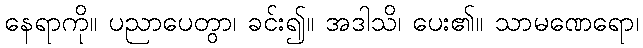
နေရာကို။ ပညာပေတွာ၊ ခင်း၍။ အဒါသိ၊ ပေး၏။ သာမဏေရော၊